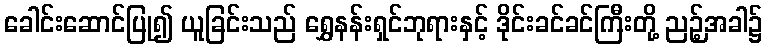
ခေါင်းဆောင်ပြု၍ ယူခြင်းသည် ရွှေနန်းရှင်ဘုရားနှင့် ဒိုင်းခင်ခင်ကြီးတို့ ညဉ့်အခါ၌